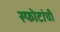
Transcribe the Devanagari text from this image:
स्फोटांची